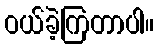
ဝယ်ခဲ့ကြတာပါ။